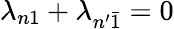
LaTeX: \lambda_{n1}+\lambda_{n^{\prime}\bar{1}}=0